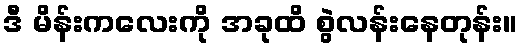
ဒီ မိန်းကလေးကို အခုထိ စွဲလန်းနေတုန်း။